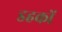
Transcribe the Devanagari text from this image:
डहकों